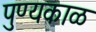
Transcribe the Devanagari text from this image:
पुण्यकाळ